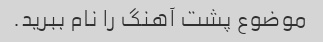
موضوع پشت آهنگ را نام ببرید.